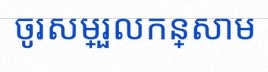
ចូរសម្រួលកន្សោម